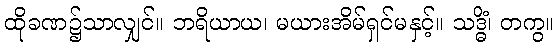
ထိုခဏ၌သာလျှင်။ ဘရိယာယ၊ မယားအိမ်ရှင်မနှင့်။ သဒ္ဓိံ၊ တကွ။